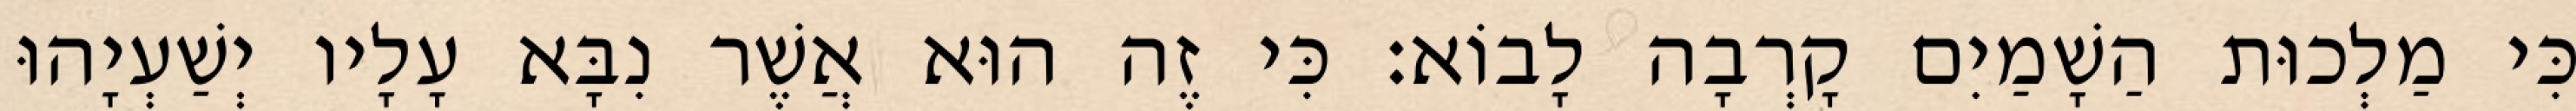
כִּי מַלְכוּת הַשָׁמַיִם קָרְבָה לָבוֹא׃ כִּי זֶה הוּא אֲשֶׁר נִבָּא עָלָיו יְשַׁעְיָהוּ